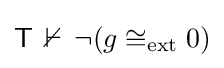
{\mathsf {T}}\,\nvdash \,\neg (g\cong _{\mathrm {ext} }0)